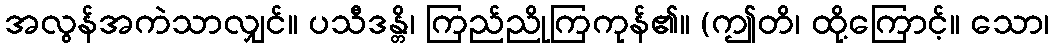
အလွန်အကဲသာလျှင်။ ပသီဒန္တိ၊ ကြည်ညိုကြကုန်၏။ (ဤတိ၊ ထို့ကြောင့်။ သော၊